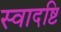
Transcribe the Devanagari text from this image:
स्वादष्टि